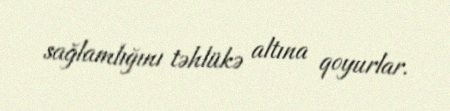
sağlamlığını təhlükə altına qoyurlar.